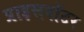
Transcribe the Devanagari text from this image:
प्राइसवॉटर